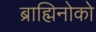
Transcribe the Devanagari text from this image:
ब्राह्मिनोको